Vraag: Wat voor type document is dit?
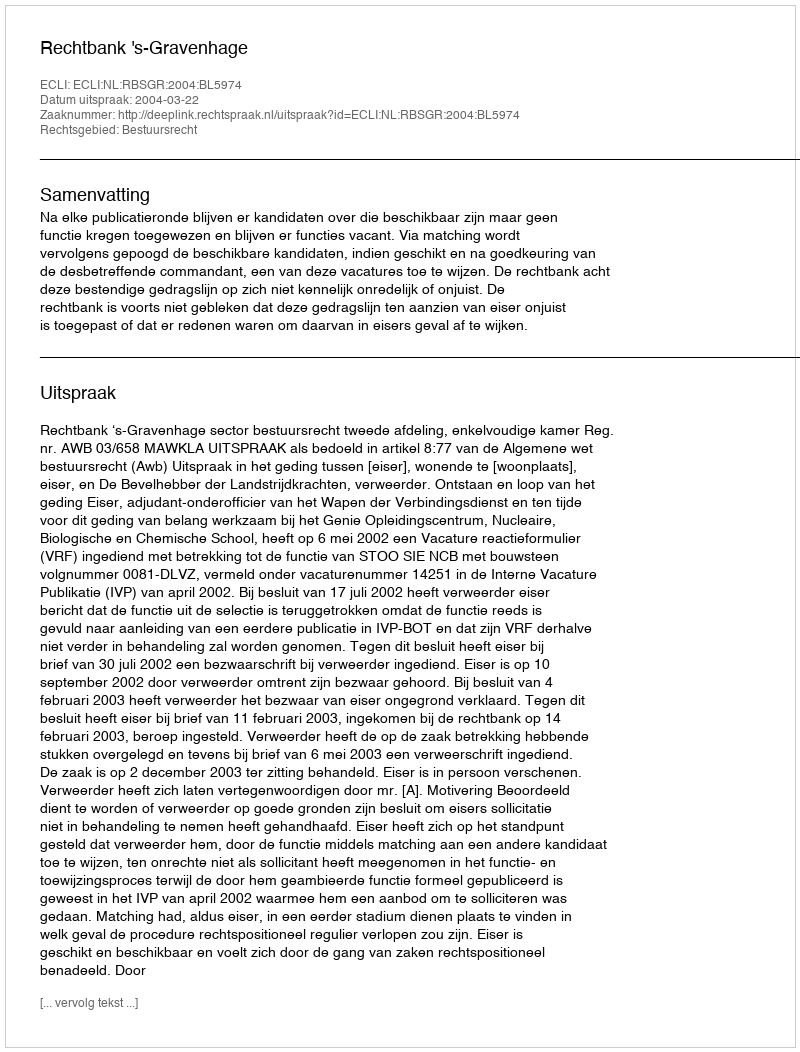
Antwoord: Uitspraak